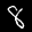
Label: 8